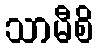
သာမီစိ